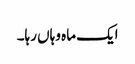
ایک ماہ وہاں رہا۔